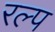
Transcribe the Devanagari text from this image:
रल्प